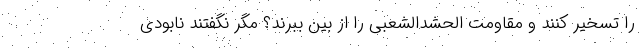
را تسخیر کنند و مقاومت الحشدالشعبی را از بین ببرند؟ مگر نگفتند نابودی